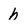
Character: h